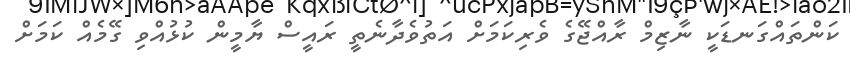
ކަންތައްގަނޑަކީ ނާޒިމް ރާއްޖޭގެ ވެރިކަމަށް އަތުވެދާނެތީ ރައީސް ޔާމީން ކުޅުއްވި ގޭމެއް ކަމަށް